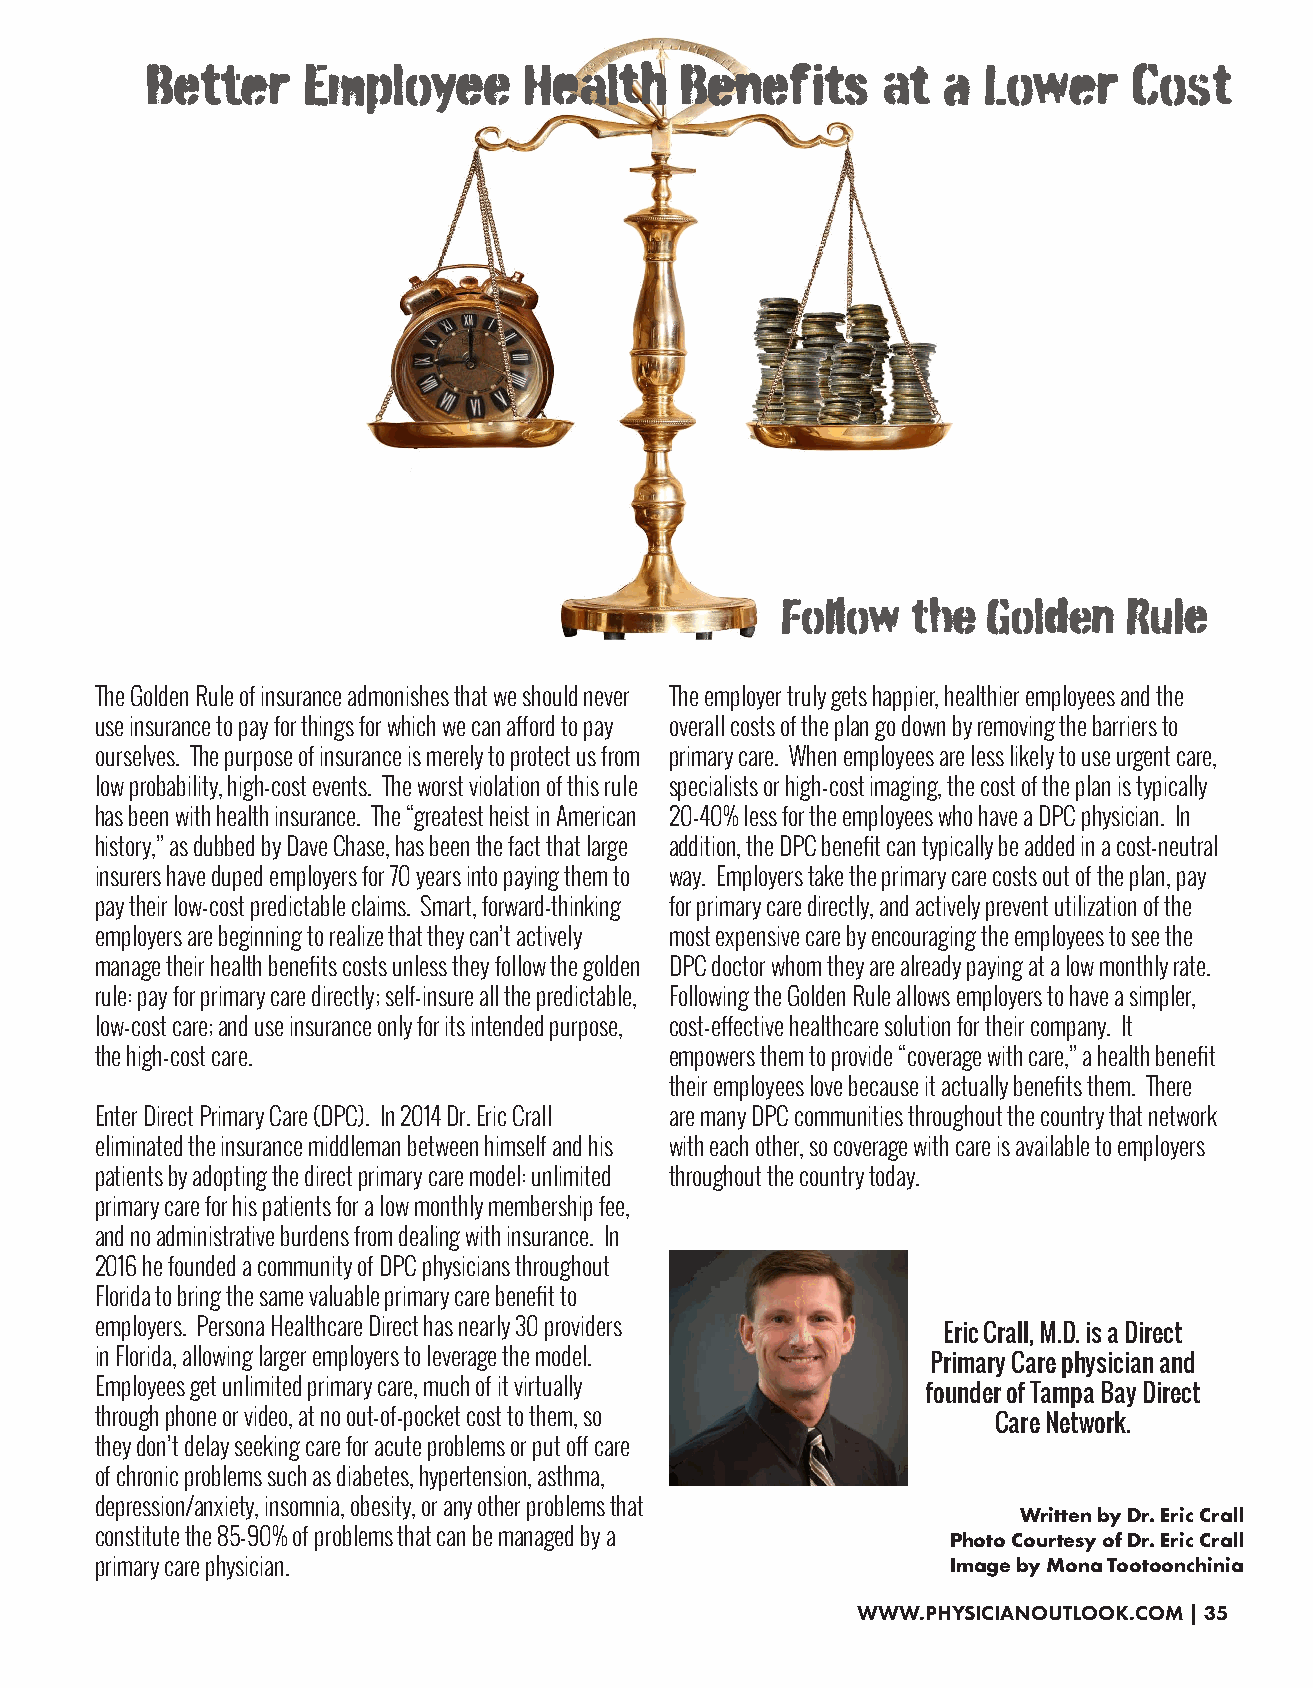
Better    Employee       Health    Benefits     at  a  Lower     Cost
 Follow  the  Golden    Rule
 The Golden Rule of insurance admonishes that we should never The employer truly gets happier, healthier employees and the
 use insurance to pay for things for which we can afford to pay overall costs of the plan go down by removing the barriers to
 ourselves. The purpose of insurance is merely to protect us from primary care. When employees are less likely to use urgent care,
 low probability, high-cost events. The worst violation of this rule specialists or high-cost imaging, the cost of the plan is typically
 has been with health insurance. The “greatest heist in American 20-40% less for the employees who have a DPC physician. In
 history,” as dubbed by Dave Chase, has been the fact that large addition, the DPC benefit can typically be added in a cost-neutral
 insurers have duped employers for 70 years into paying them to way. Employers take the primary care costs out of the plan, pay
 pay their low-cost predictable claims. Smart, forward-thinking for primary care directly, and actively prevent utilization of the
 employers are beginning to realize that they can’t actively most expensive care by encouraging the employees to see the
 manage their health benefits costs unless they follow the golden DPC doctor whom they are already paying at a low monthly rate.
 rule: pay for primary care directly; self-insure all the predictable, Following the Golden Rule allows employers to have a simpler,
 low-cost care; and use insurance only for its intended purpose, cost-effective healthcare solution for their company. It
 the high-cost care.                   empowers them to provide “coverage with care,” a health benefit
 their employees love because it actually benefits them. There
 Enter Direct Primary Care (DPC). In 2014 Dr. Eric Crall are many DPC communities throughout the country that network
 eliminated the insurance middleman between himself and his with each other, so coverage with care is available to employers
 patients by adopting the direct primary care model: unlimited throughout the country today.
 primary care for his patients for a low monthly membership fee,
 and no administrative burdens from dealing with insurance. In
 2016 he founded a community of DPC physicians throughout
 Florida to bring the same valuable primary care benefit to
 employers. Persona Healthcare Direct has nearly 30 providers
 Eric Crall, M.D. is a Direct
 in Florida, allowing larger employers to leverage the model.
 Primary Care physician and
 Employees get unlimited primary care, much of it virtually
 founder of Tampa Bay Direct
 through phone or video, at no out-of-pocket cost to them, so
 Care Network.
 they don’t delay seeking care for acute problems or put off care
 of chronic problems such as diabetes, hypertension, asthma,
 depression/anxiety, insomnia, obesity, or any other problems that
 Written by Dr. Eric Crall
 constitute the 85-90% of problems that can be managed by a Photo Courtesy of Dr. Eric Crall
 primary care physician.                                  Image by Mona Tootoonchinia
 WWW.PHYSICIANOUTLOOK.COM | 35